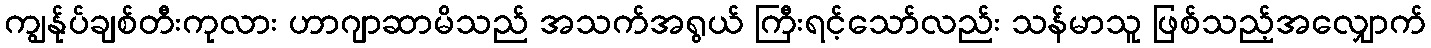
ကျွန်ုပ်ချစ်တီးကုလား ဟာဂျာဆာမိသည် အသက်အရွယ် ကြီးရင့်သော်လည်း သန်မာသူ ဖြစ်သည့်အလျှောက်